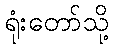
ရုံးတော်သို့